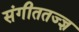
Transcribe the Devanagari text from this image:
संगीततज्ज्ञ